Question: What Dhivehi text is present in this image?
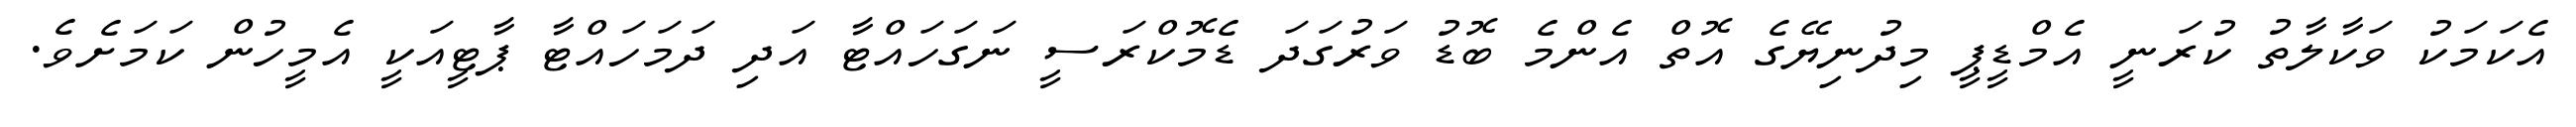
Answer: އެކަމަކު ވަކާލާތު ކުރަނީ އެމްޑީޕީ މިދުނިޔޭގެ އޮތް އެންމެ ބޮޑު ވަރުގަދަ ޑެމޮކްރަސީ ނަގަހައްޓާ އަދި ދަމަހައްޓާ ޕާޓީއަކީ އެމީހުން ކަމަށެވެ.